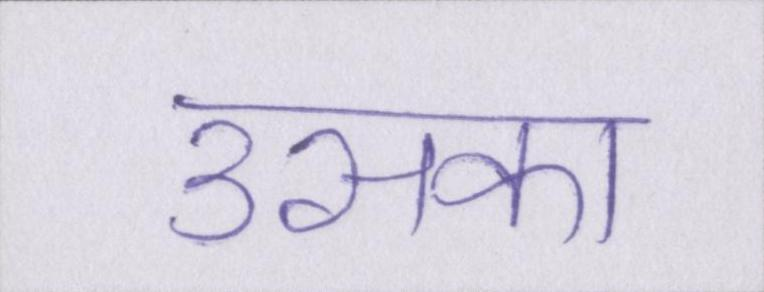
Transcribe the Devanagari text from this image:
उसका